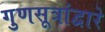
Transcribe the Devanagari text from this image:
गुणसूत्रांद्वारे